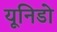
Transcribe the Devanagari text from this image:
यूनिडो